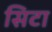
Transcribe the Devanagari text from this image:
सिटा